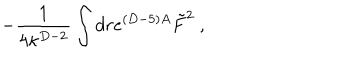
LaTeX: - { \frac { 1 } { 4 \kappa ^ { D - 2 } } } \int d r e ^ { ( D - 5 ) A } \tilde { F } ^ { 2 } \ ,